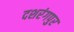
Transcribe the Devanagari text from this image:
दशरंगपुर